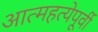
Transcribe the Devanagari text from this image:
आत्महत्येपूर्वी